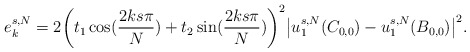
\begin{align*}e_k^{s,N} &= 2\bigg(t_1 \cos(\frac{2ks\pi}{N})+ t_2 \sin(\frac{2ks\pi}{N})\bigg)^2 \big|u_1^{s,N}(C_{0,0}) - u_1^{s,N}(B_{0,0})\big|^2.\end{align*}